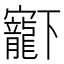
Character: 𡬈